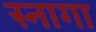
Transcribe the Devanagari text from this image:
स्नागा